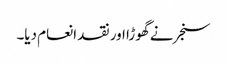
سنجر نے گھوڑا اور نقد انعام دیا۔